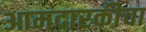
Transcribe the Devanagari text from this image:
आमदारकीचा